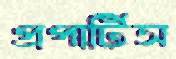
প্রপার্টিস